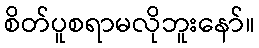
စိတ်ပူစရာမလိုဘူးနော်။